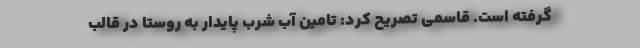
‌گرفته است. قاسمی تصریح کرد: تامین آب شرب پایدار به روستا در قالب